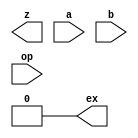
module yAlu(z, ex, a, b, op); 
input [31:0] a, b; 
input [2:0] op; 
output [31:0] z; 
output ex; 
assign slt = 0;  
// not supported 
assign ex = 0;   
// not supported 
// instantiate the components and connect them 
// Hint: about 4 lines of code 
endmodule